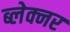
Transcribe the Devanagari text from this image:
ब्लेक्नर